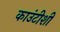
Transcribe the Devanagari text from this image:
काउंटीशी